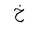
Letter: _kha